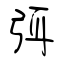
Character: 弭